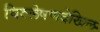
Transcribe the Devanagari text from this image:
विश्लेषणदेखिल